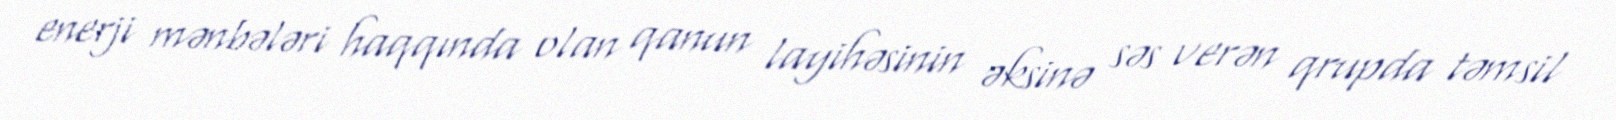
enerji mənbələri haqqında olan qanun layihəsinin əksinə səs verən qrupda təmsil